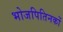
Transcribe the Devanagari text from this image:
भोजपितिनकों